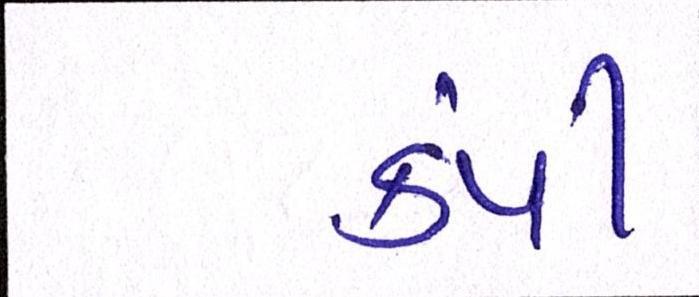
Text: કંપી